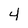
Character: 4